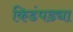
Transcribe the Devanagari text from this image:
किडंपड्या